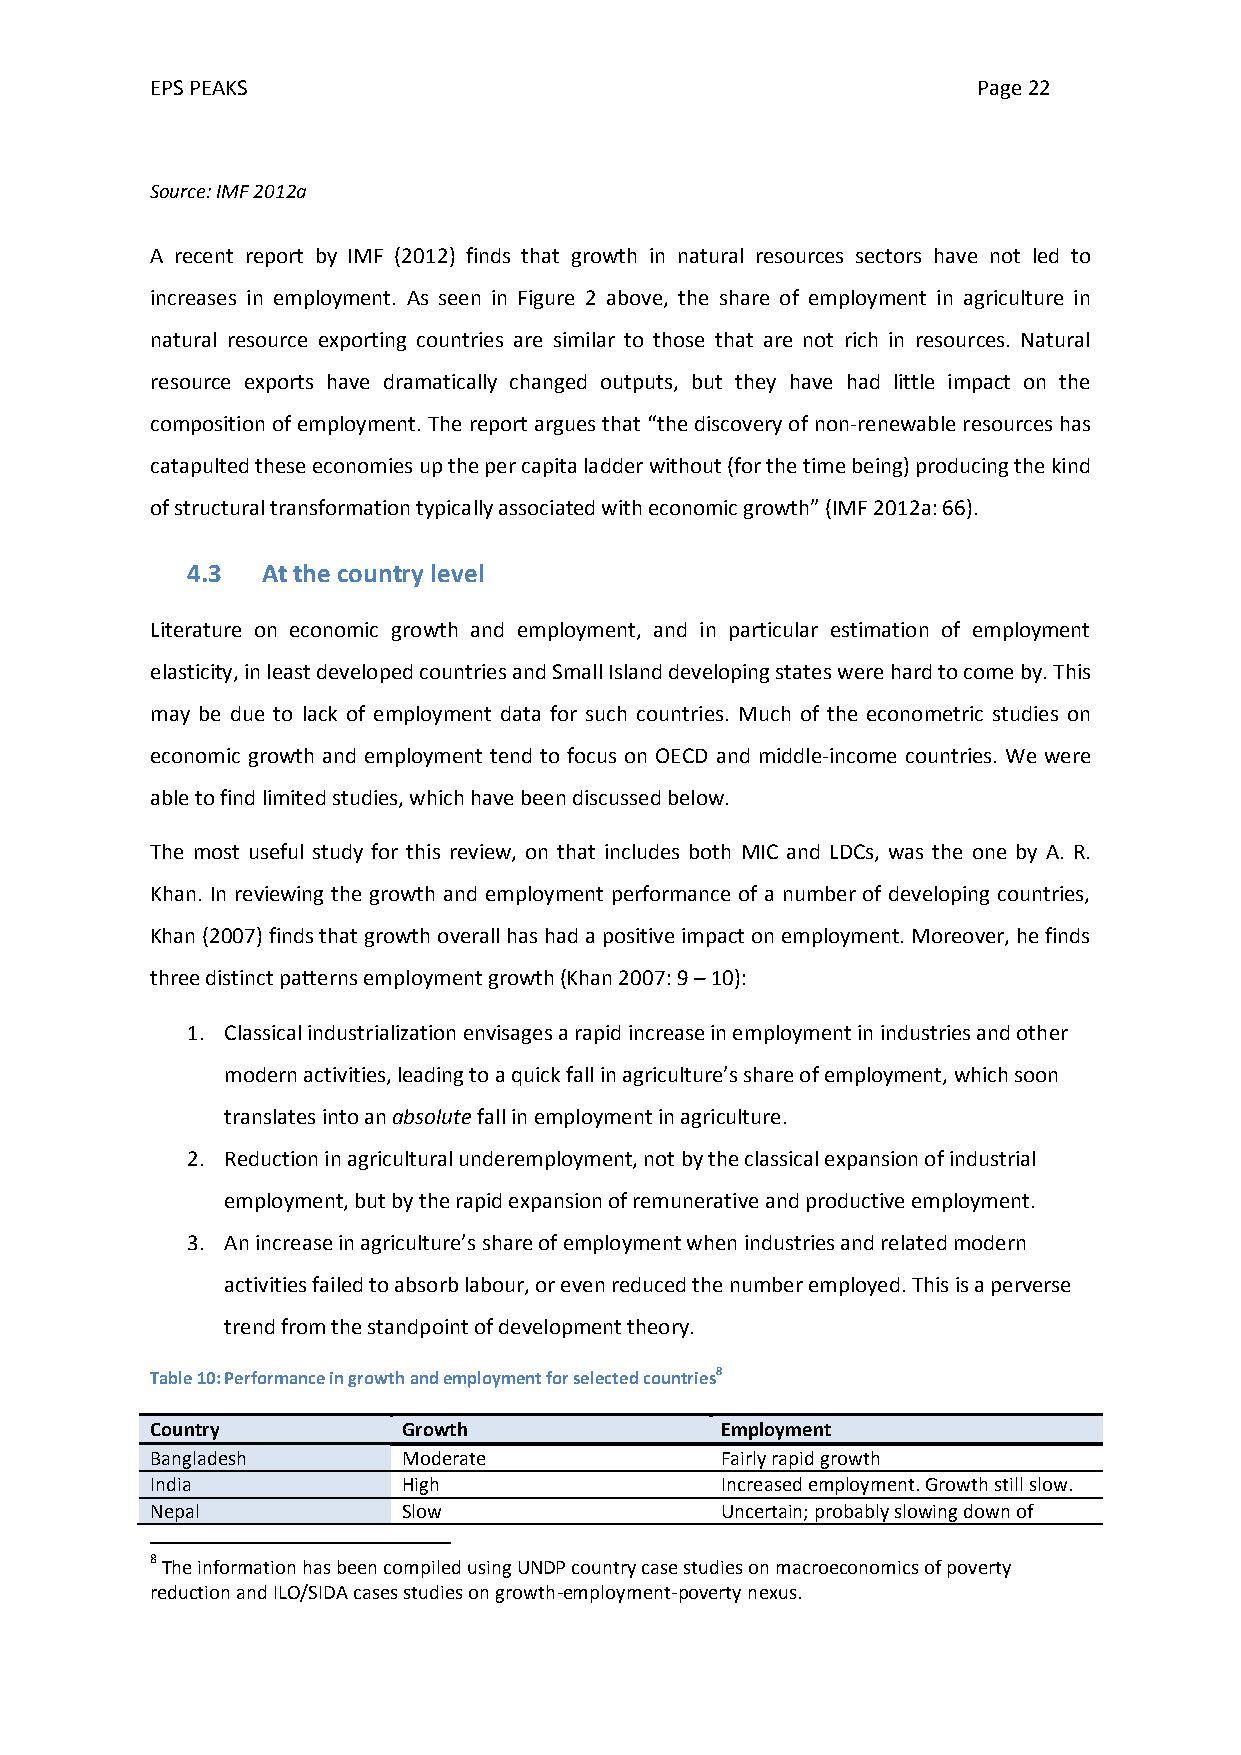
EPS PEAKS                                              Page 22
 Source: IMF 2012a
 A recent report by IMF (2012) finds that growth in natural resources sectors have not led to
 increases in employment. As seen in Figure 2 above, the share of employment in agriculture in
 natural resource exporting countries are similar to those that are not rich in resources. Natural
 resource exports have dramatically changed outputs, but they have had little impact on the
 composition of employment. The report argues that “the discovery of non-renewable resources has
 catapulted these economies up the per capita ladder without (for the time being) producing the kind
 of structural transformation typically associated with economic growth” (IMF 2012a: 66).
 4.3  At the country level
 Literature on economic growth and employment, and in particular estimation of employment
 elasticity, in least developed countries and Small Island developing states were hard to come by. This
 may be due to lack of employment data for such countries. Much of the econometric studies on
 economic growth and employment tend to focus on OECD and middle-income countries. We were
 able to find limited studies, which have been discussed below.
 The most useful study for this review, on that includes both MIC and LDCs, was the one by A. R.
 Khan. In reviewing the growth and employment performance of a number of developing countries,
 Khan (2007) finds that growth overall has had a positive impact on employment. Moreover, he finds
 three distinct patterns employment growth (Khan 2007: 9 – 10):
 1. Classical industrialization envisages a rapid increase in employment in industries and other
 modern activities, leading to a quick fall in agriculture’s share of employment, which soon
 translates into an absolute fall in employment in agriculture.
 2. Reduction in agricultural underemployment, not by the classical expansion of industrial
 employment, but by the rapid expansion of remunerative and productive employment.
 3. An increase in agriculture’s share of employment when industries and related modern
 activities failed to absorb labour, or even reduced the number employed. This is a perverse
 trend from the standpoint of development theory.
 Table 10: Performance in growth and employment for selected countries8
 Country          Growth               Employment
 Bangladesh       Moderate             Fairly rapid growth
 India            High                 Increased employment. Growth still slow.
 Nepal            Slow                 Uncertain; probably slowing down of
 8 The information has been compiled using UNDP country case studies on macroeconomics of poverty
 reduction and ILO/SIDA cases studies on growth-employment-poverty nexus.